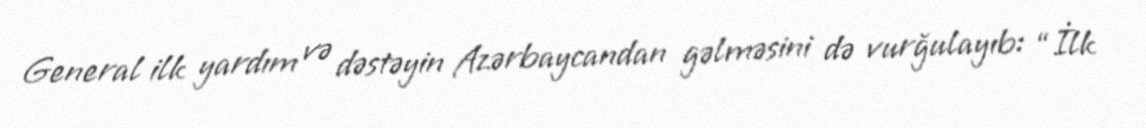
General ilk yardım və dəstəyin Azərbaycandan gəlməsini də vurğulayıb: “İlk